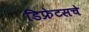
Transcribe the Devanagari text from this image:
डिफ्रेटसचे